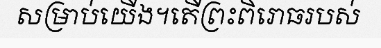
សម្រាប់យើង។តើព្រះពិរោធរបស់